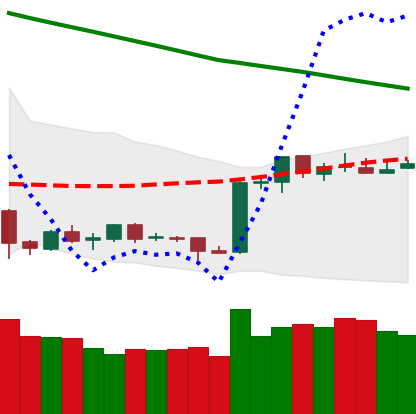
Ticker: ETH-USD
Chart end date: 2019-02-16
Forward return: 18.555%
Label: up_7plus